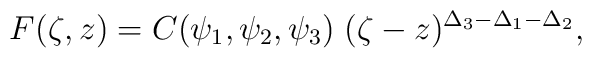
F(\zeta,z)= C(\psi_{1},\psi_{2},\psi_{3})\;(\zeta-z)^{\Delta_{3}-\Delta_{1}-\Delta_{2}},